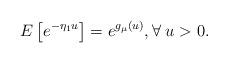
LaTeX: \begin{align*} E \left[e^{-\eta_1 u}\right] = e^{g_\mu(u)}, \forall\; u > 0.\end{align*}